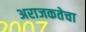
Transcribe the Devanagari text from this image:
अराजकतेचा